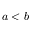
a < b